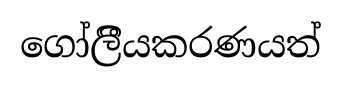
ගෝලීියකරණයත්